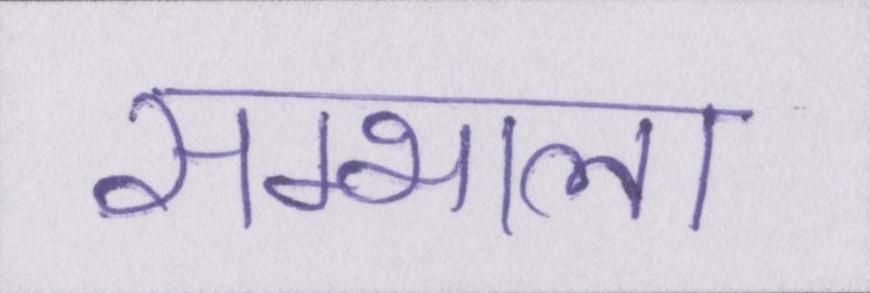
सम्भाला